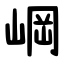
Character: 㟠